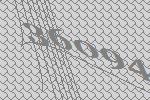
36094